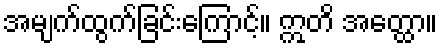
အမျက်ထွက်ခြင်းကြောင့်။ ဣတိ အတ္ထော။